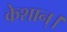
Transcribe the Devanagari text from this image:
केशान्।